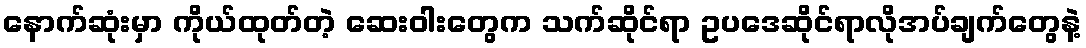
နောက်ဆုံးမှာ ကိုယ်ထုတ်တဲ့ ဆေးဝါးတွေက သက်ဆိုင်ရာ ဥပဒေဆိုင်ရာလိုအပ်ချက်တွေနဲ့